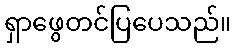
ရှာဖွေတင်ပြပေသည်။